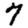
Digit: 7